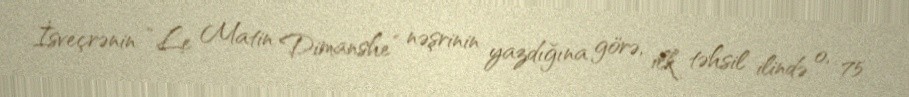
İsveçrənin “Le Matin Dimanshe” nəşrinin yazdığına görə, ilk təhsil ilində o, 75